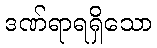
ဒဏ်ရာရရှိသော